Lunatic asylums Burma 1922-24 - 1922-1924
Year: 1922
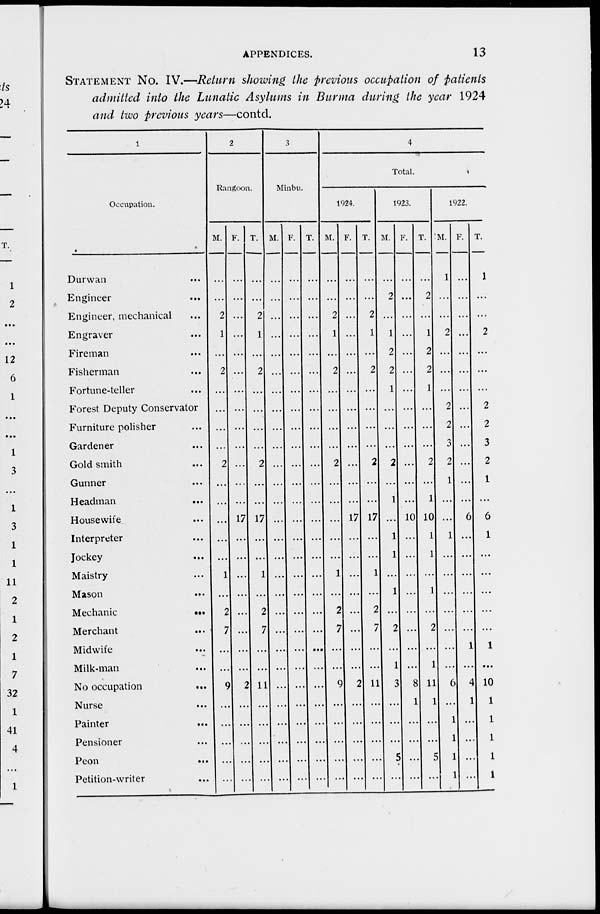
APPENDICES.
13
STATEMENT No. IV.—Return showing the previous occupation of patients
admitted into the Lunatic Asylums in Burma during the year 1924
and two previous years—contd.
1
Occupation.
Durwan ...
Engineer ...
Engineer, mechanical ...
Engraver ...
Fireman ...
Fisherman ...
Fortune-teller ...
Forest Deputy Conservator
Furniture polisher ...
Gardener ...
Gold smith ...
Gunner ...
Headman
...
Housewife ...
Interpreter ...
Jockey ...
Maistry ...
Mason ...
Mechanic
...
Merchant
...
Midwife ...
Milk-man ...
No occupation
...
Nurse ...
Painter ...
Pensioner ...
Peon
...
Petition-writer ...
2
Rangoon.
M.
...
...
2
1
...
2
...
...
...
...
2
...
...
...
...
...
1
...
2
7
...
...
9
...
...
...
...
...
F.
...
...
...
...
...
...
...
...
...
...
...
...
...
17
...
...
...
...
...
...
...
...
2
...
...
...
...
...
T.
...
...
2
1
...
2
...
...
...
...
2
...
...
17
...
...
1
...
2
7
...
...
11
...
...
...
...
...
3
Minbu.
M.
...
...
...
...
...
...
...
...
...
...
...
...
...
...
...
...
...
...
...
...
...
...
...
...
...
...
...
...
F.
...
...
...
...
...
...
...
...
...
...
...
...
...
...
...
...
...
...
...
...
...
...
...
...
...
...
...
...
T.
...
...
...
...
...
...
...
...
...
...
...
...
...
...
...
...
...
...
...
...
...
...
...
...
...
...
...
...
4
Total.
1924.
M.
...
...
2
1
...
2
...
...
...
...
2
...
...
...
...
...
1
...
2
7
...
...
9
...
...
...
...
...
F.
...
...
...
...
...
...
...
...
...
...
...
...
...
17
...
...
...
...
...
...
...
...
2
...
...
...
...
...
T.
...
...
2
1
...
2
...
...
...
...
2
...
...
17
...
...
1
...
2
7
...
...
11
...
...
...
...
...
1923.
M.
...
2
...
1
2
2
1
...
...
...
2
...
1
...
1
1
...
1
...
2
...
1
3
...
...
...
5
...
F.
...
...
...
...
...
...
...
...
...
...
...
...
...
10
...
...
...
...
...
...
...
...
8
1
...
...
...
...
T.
...
2
...
1
2
2
1
...
...
...
2
...
1
10
1
1
...
1
...
2
...
1
11
1
...
...
5
...
1922.
M.
1
...
...
2
...
...
...
2
2
3
2
1
...
...
1
...
...
...
...
...
...
...
6
...
1
1
1
1
F.
...
...
...
...
...
...
...
...
...
...
...
...
...
6
...
...
...
...
...
...
1
...
4
1
...
...
...
...
T.
1
...
...
2
...
...
...
2
2
3
2
1
...
6
1
...
...
...
...
...
1
...
10
1
1
1
1
1